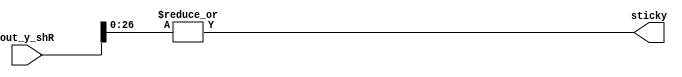
module Alignment_4_3 (out_y_shR , sticky);
input [52:0]out_y_shR;
output reg sticky;
always@(*)
begin
    sticky = |out_y_shR[26:0];
end
endmodule